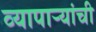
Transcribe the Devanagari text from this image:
व्यापाऱ्यांची